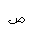
Letter: _dad